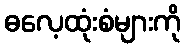
ဓလေ့ထုံးစံများကို